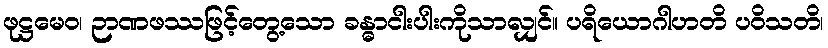
ဖုဋ္ဌမေဝ၊ ဉာဏဖဿဖြင့်တွေ့သော ခန္ဓာငါးပါးကိုသာလျှင်။ ပရိယောဂါဟတိ ပဝိသတိ၊